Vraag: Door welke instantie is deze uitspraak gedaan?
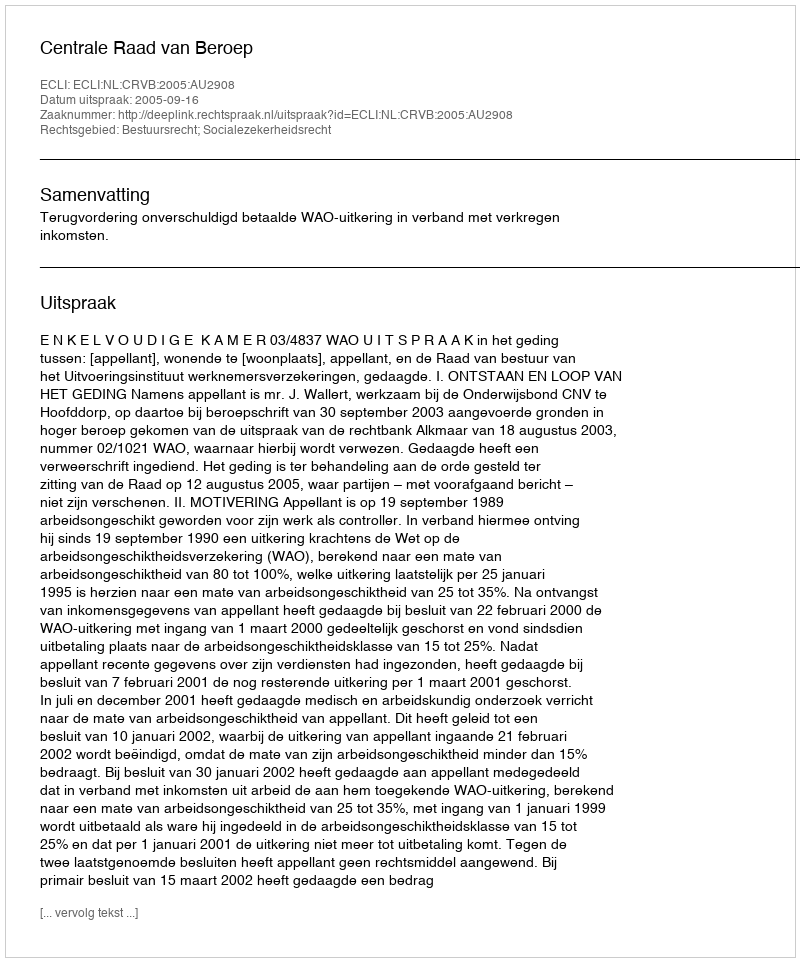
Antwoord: Centrale Raad van Beroep